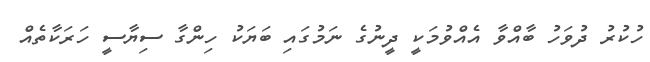
ހުކުރު ދުވަހު ބާއްވާ އެއްވުމަކީ ދީނުގެ ނަމުގައި ބަޔަކު ހިންގާ ސިޔާސީ ހަރަކާތެއް